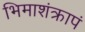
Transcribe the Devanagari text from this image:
भिमाशंक्रापं